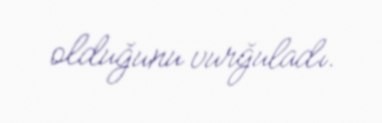
olduğunu vurğuladı.